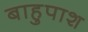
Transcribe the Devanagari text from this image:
बाहुपाश